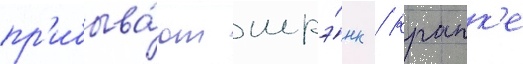
пр'ибыва́ют шрэ́нк / крапк'е